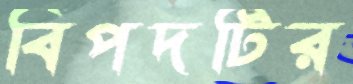
বিপদটির